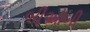
બીઓબી